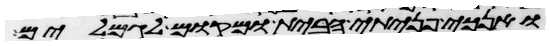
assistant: ואנכי פניתי הבית ומקום לגמלים